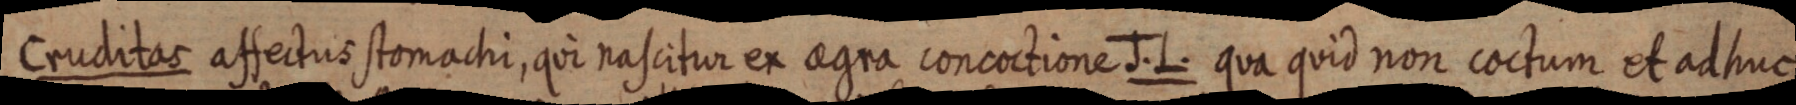
Cruditas affectus stomachi, qui nascitur ex aegra concoctione J. L. qua quid non coctum et ad huc